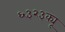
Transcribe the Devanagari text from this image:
६३२३क्यू